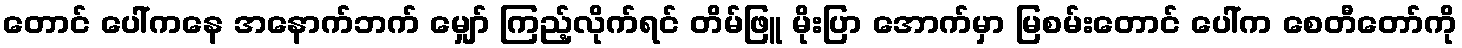
တောင် ပေါ်ကနေ အနောက်ဘက် မျှော် ကြည့်လိုက်ရင် တိမ်ဖြူ မိုးပြာ အောက်မှာ မြစမ်းတောင် ပေါ်က စေတီတော်ကို